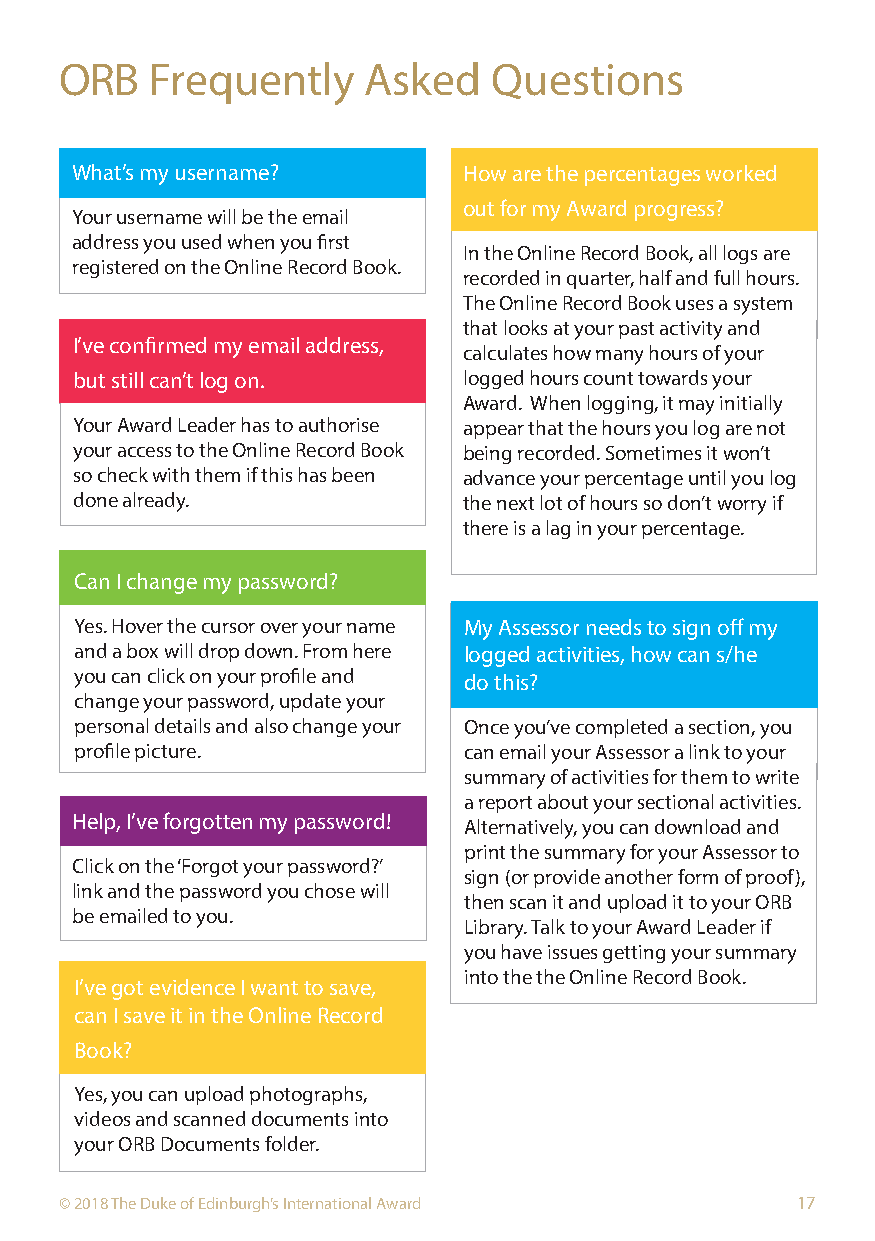
ORB   Frequently    Asked    Questions
 What’s my username?       How are the percentages worked
 out for my Award progress?
 Your username will be the email
 address you used when you first
 In the Online Record Book, all logs are
 registered on the Online Record Book.
 recorded in quarter, half and full hours.
 The Online Record Book uses a system
 that looks at your past activity and
 I’ve confirmed my email address,
 calculates how many hours of your
 but still can’t log on.   logged hours count towards your
 Award. When logging, it may initially
 Your Award Leader has to authorise appear that the hours you log are not
 your access to the Online Record Book being recorded. Sometimes it won’t
 so check with them if this has been advance your percentage until you log
 done already.             the next lot of hours so don’t worry if
 there is a lag in your percentage.
 Can I change my password?
 Yes. Hover the cursor over your name My Assessor needs to sign off my
 and a box will drop down. From here logged activities, how can s/he
 you can click on your profile and do this?
 change your password, update your
 personal details and also change your Once you’ve completed a section, you
 profile picture.          can email your Assessor a link to your
 summary of activities for them to write
 a report about your sectional activities.
 Help, I’ve forgotten my password! Alternatively, you can download and
 print the summary for your Assessor to
 Click on the ‘Forgot your password?’
 sign (or provide another form of proof),
 link and the password you chose will
 then scan it and upload it to your ORB
 be emailed to you.
 Library. Talk to your Award Leader if
 you have issues getting your summary
 into the the Online Record Book.
 I’ve got evidence I want to save,
 can I save it in the Online Record
 Book?
 Yes, you can upload photographs,
 videos and scanned documents into
 your ORB Documents folder.
 © 2018 The Duke of Edinburgh’s International Award 17